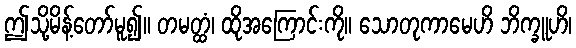
ဤသို့မိန့်တော်မူ၍။ တမတ္ထံ၊ ထိုအကြောင်းကို။ သောတုကာမေဟိ ဘိက္ခူဟိ၊